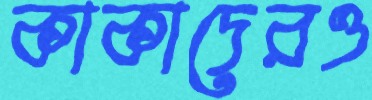
কাকাদেরও